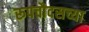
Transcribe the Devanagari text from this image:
रूपचौदसच्या